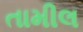
તામીલ